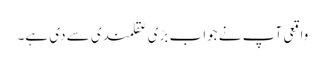
واقعی آپ نے جواب بڑی عقلمندی سے دی ہے۔